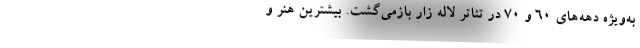
به‌ویژه دهه‌های ۶۰ و ۷۰ در تئاتر لاله زار بازمی‌گشت. بیشترین هنر و